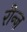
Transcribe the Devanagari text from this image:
रीन्ज़